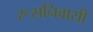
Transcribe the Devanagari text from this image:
रूसनिवासी